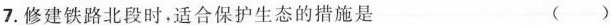
7.修建铁路北段时，适合保护生态的措施是 ()